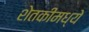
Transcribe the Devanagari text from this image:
शेतकीमध्ये